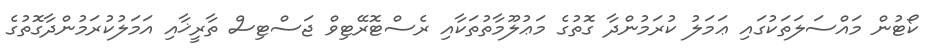
ކޯޓުން މައްސަލަތަކުގައި ޢަމަލު ކުރަމުންދާ ގޮތުގެ މަޢުލޫމާތުތަކާއި ރެސްޓޮރޭޓިވް ޖަސްޓިސް ތާރީޚާއި އަމަލުކުރަމުންދާގޮތުގެ